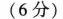
（6分）